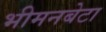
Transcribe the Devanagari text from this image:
भीमनबेटा